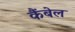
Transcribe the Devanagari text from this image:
कैंबेल